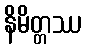
နိမိတ္တဿ